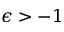
\epsilon > - 1